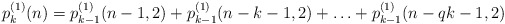
\begin{align*}p_k^{(1)}(n)=p_{k-1}^{(1)}(n-1,2)+p_{k-1}^{(1)}(n-k-1,2)+\ldots+p_{k-1}^{(1)}(n-qk-1,2) \end{align*}